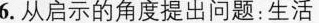
6.从启示的角度提出问题：生活